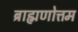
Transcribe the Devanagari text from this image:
ब्राह्मणोत्तम